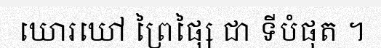
ឃោរឃៅ ព្រៃផ្សៃ ជា ទីបំផុត ។